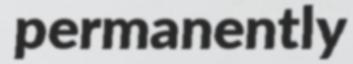
permanently